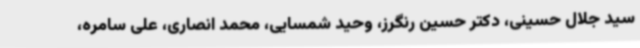
سید جلال حسینی، دکتر حسین رنگرز، وحید شمسایی، محمد انصاری، علی سامره،